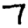
Digit: 7